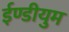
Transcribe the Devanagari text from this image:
ईण्डीयुम